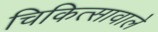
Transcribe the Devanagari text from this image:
चिकित्सावाले